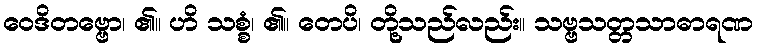
ဝေဒိတဗ္ဗော၊ ၏။ ဟိ သစ္စံ၊ ၏။ တေပိ၊ တို့သည်လည်း။ သဗ္ဗသတ္တသာဓာရဏ